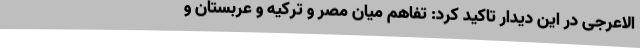
الاعرجی در این دیدار تاکید کرد: تفاهم میان مصر و ترکیه و عربستان و